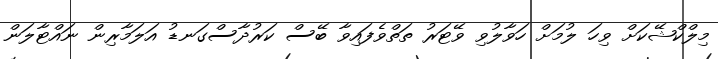
މިލްކްޝޭކަށް ވިހަ ލުމަށް ހަވާލުވި ވޭޓަރު ތަތްވެފައިވާ ބޭސް ކަރުދާސްގަނޑު އަލަމާރިން ނައްޓާލަން